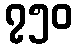
၇၅၀